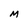
Character: M